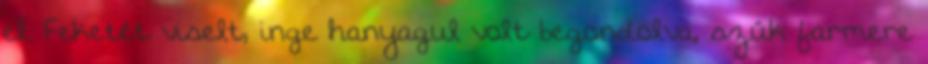
el. Feketét viselt, inge hanyagul volt begondolva, szűk farmere